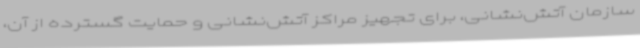
سازمان آتش‌نشانی، برای تجهیز مراکز آتش‌نشانی و حمایت گسترده از آن،